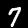
Digit: 7